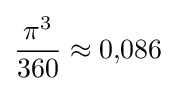
{\frac {\pi ^{3}}{360}}\approx 0{,}086